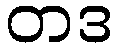
တဒ